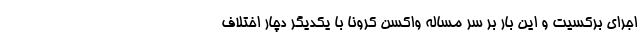
اجرای برکسیت و این بار بر سر مساله واکسن کرونا با یکدیگر دچار اختلاف